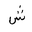
Letter: _shin